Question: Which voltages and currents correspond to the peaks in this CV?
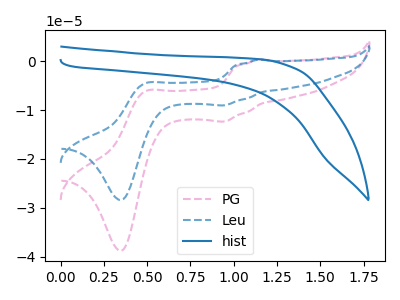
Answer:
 <answer>The pink dashed curve "PG" has anodic peaks at (1.15V, 0.40uA) (0.50V, -6.25uA) and cathodic peaks at (0.95V, -12.35uA) (0.35V, -38.80uA). The blue dashed curve "Leu" has anodic peaks at (1.15V, 0.30uA) (0.50V, -4.55uA) and cathodic peaks at (0.95V, -9.05uA) (0.35V, -28.40uA). The blue curve "hist" has no peaks.</answer>
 <eval></eval>